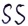
Text: SS